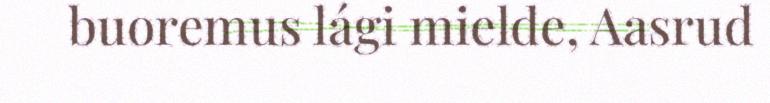
buoremus lági mielde, Aasrud